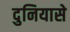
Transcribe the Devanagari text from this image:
दुनियासे